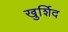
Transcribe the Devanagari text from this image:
खुर्शिद